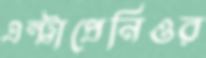
এন্ট্রাপ্রেনিওর